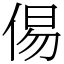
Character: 㑥